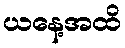
ယနေ့အထိ